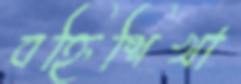
বহ্নিশিখা